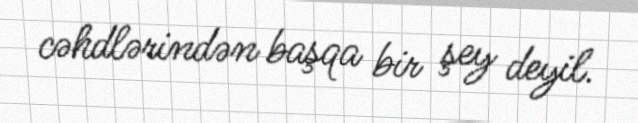
cəhdlərindən başqa bir şey deyil.